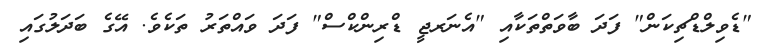
"ޑެވިލްޑްޗިކަން" ފަދަ ބާވަތްތަކާއި "އެނަރޖީ ޑްރިންކްސް" ފަދަ ވައްތަރު ތަކެވެ. އޭގެ ބަދަލުގައި